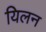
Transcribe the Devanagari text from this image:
यिलन